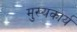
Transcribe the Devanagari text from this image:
मुख्यकार्य